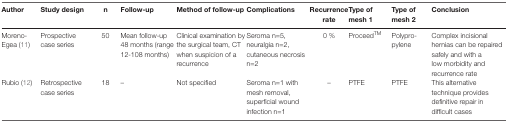
<table><thead><tr><td><b> Author </b></td><td><b> Study design </b></td><td><b> n </b></td><td><b> Follow-up </b></td><td><b> Method of follow-up </b></td><td><b> Complications </b></td><td><b> Recurrence rate </b></td><td><b> Type of mesh 1 </b></td><td><b> Type of mesh 2 </b></td><td><b> Conclusion </b></td></tr></thead><tbody><tr><td> Moreno-Egea (11) </td><td> Prospective case series </td><td> 50 </td><td> Mean follow-up 48 months (range 12-108 months) </td><td> Clinical examination by the surgical team, CT when suspicion of a recurrence </td><td> Seroma n=5, neuralgia n=2, cutaneous necrosis n=2 </td><td> 0 % </td><td> Proceed<sup>TM</sup></td><td> Polypro-pylene </td><td> Complex incisional hernias can be repaired safely and with a low morbidity and recurrence rate </td></tr><tr><td> Rubio (12)</td><td> Retrospective case series </td><td> 18 </td><td> – </td><td> Not specified </td><td> Seroma n=1 with mesh removal, superficial wound infection n=1 </td><td> – </td><td> PTFE </td><td> PTFE </td><td> This alternative technique provides definitive repair in difficult cases </td></tr></tbody></table>